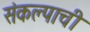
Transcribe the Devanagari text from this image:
संकल्पाची